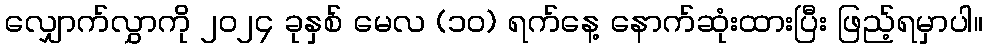
လျှောက်လွှာကို ၂၀၂၄ ခုနှစ် မေလ (၁၀) ရက်နေ့ နောက်ဆုံးထားပြီး ဖြည့်ရမှာပါ။